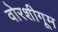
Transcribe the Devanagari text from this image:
वोरशीगूम